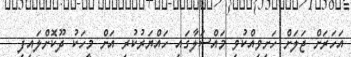
އަހަރަށް ޖަލަށް ހަށިވިއްކުވި މައްސަލާގައި ހައްޔަރުކުރި އަށް މީހަކު ދޫކޮށްލައިފި